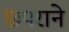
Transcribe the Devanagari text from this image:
छपराने